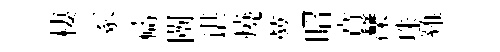
棲冢禱闉谌燒萝昭賁灤珠雞